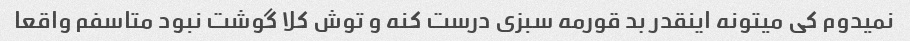
نمیدوم کی میتونه اینقدر بد قورمه سبزی درست کنه و توش کلا گوشت نبود متاسفم واقعا